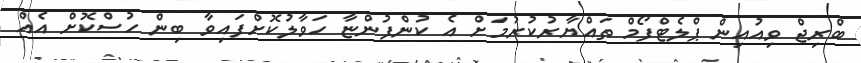
ބްރިޖް ވިއުއިން ޕްލެޓްފޯމް ތައްޔާރުކުރުމަށް އެ ކުންފުންޏާ ހަވާލުކޮށްފައިވާ ބިން ހުސްކޮށް އެއް